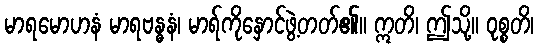
မာရမောဟနံ မာရဗန္ဓနံ၊ မာရ်ကိုနှောင်ဖွဲ့တတ်၏။ ဣတိ၊ ဤသို့။ ဝုစ္စတိ၊